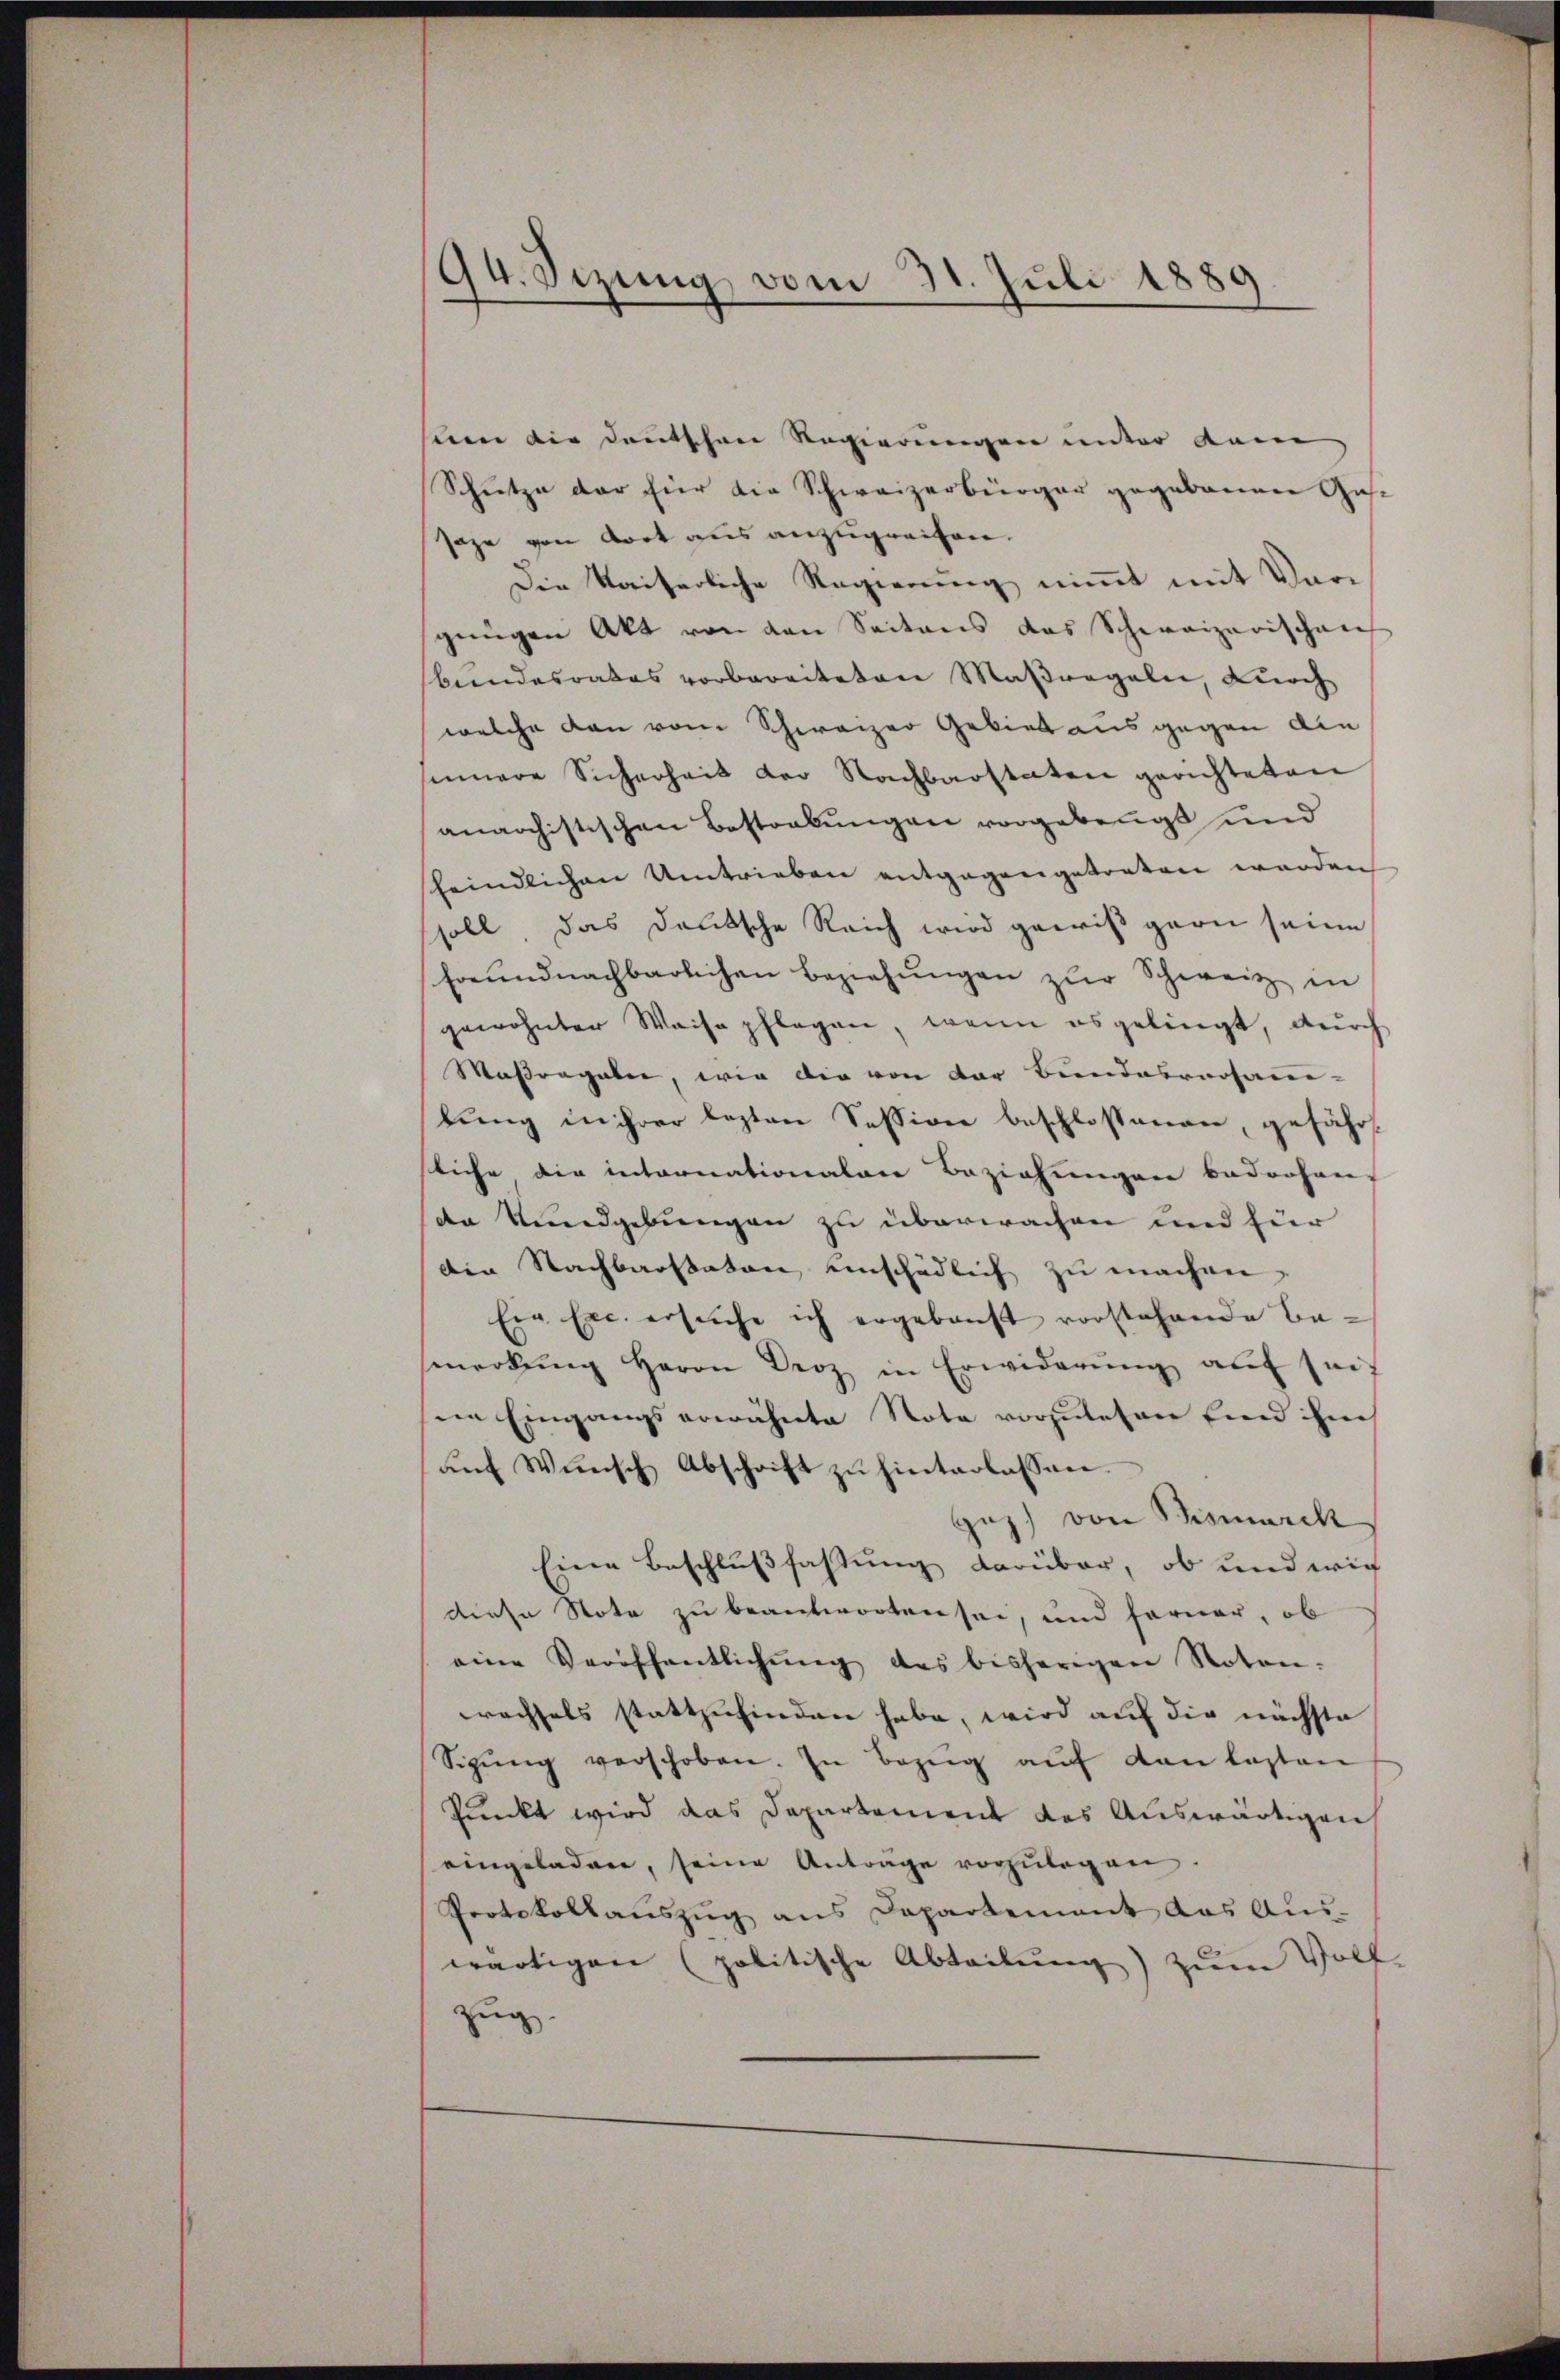
94. Sizung vom 31. Juli 1889

sien die Deutschene Regierungen unter kam
Schietze der hier die Schweizerbürger gegebenenen Gassage von dort aus anzugreifen.
Die Kaiserliche Regierung nimmt mit Vorgengen Akt von den Seitens das Schweizerischen
bundesrates vorbereiteten Maßregeln, durch
welche dann vom Schweizer Gebiet ausgegen die
sinnere Sicherheit der Nachbarstaten gerichteten
anarchistischen Bestrebungen vorgebeugt und
feindlichen Umtrieben entgegengetreten werden
soll das deutsche Reich wird gewiß garn seine
Freundnachbarlichen Beziehŭngen zŭr Schweiz in
gewohnter Weise pflegen, wenn es gelingt, durch
Maßangaben, wie die von der Bundesversamen-
lung in ihrer lezten Session beschlossenen gefährt
sliche die internationalen Beziehungen bedrohen,
de Rundgebungen zu überwachen und für
den Nachbarstator einschädlich zu machen,
Ein Exc. ersŭche ich ergebenst vorstehende Bemerkŭng Herrn Droz in Erwiderŭng aŭf seif
in Eingangserwähnte Nota vorzulesen sind hieh
aŭf Wünsch Abschrift zŭ hinterlassen.
Guz) von Bismarck
Eine Beschlußfassung darüber, ob und wie
diese Note zu beantworten sei, und ferner, ob
eine Veröffentlichŭng des bisherigen Noten.
wachsels stattzufinden habe, wird auf die nächste
Sigŭng verschoben. In Bezŭg aŭf den lasten
Punkt wird das Departement des Auswärtigen
eingeladen, seine Antrage vorzŭlegen.
Protokollaŭszŭg ans Departement das Aŭs-
wärtigen (politische Abteilung) zum Wolf
zug.